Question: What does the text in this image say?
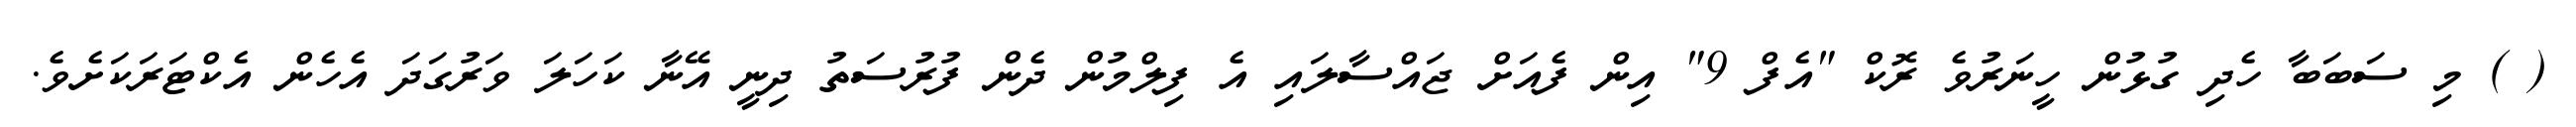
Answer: ( ) މި ސަބަބާ ހެދި ގުޅުން ހީނަރުވެ ރޮކް "އެފް 9" އިން ފެއަށް ޖައްސާލައި އެ ފިލްމުން ދެން ފުރުސަތު ދިނީ އޭނާ ކަހަލަ ވަރުގަދަ އެހެން އެކްޓަރަކަށެވެ.